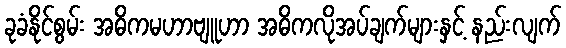
ခုခံနိုင်စွမ်း အဓိကမဟာဗျူဟာ အဓိကလိုအပ်ချက်များနှင့် နည်းလျက်